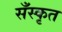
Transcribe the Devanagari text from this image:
सँस्कृत